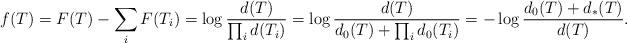
LaTeX: \begin{align*}f(T)= F(T) - \sum_i F(T_i) = \log \frac{d(T)}{\prod_i d(T_i)}= \log \frac{d(T)}{d_0(T) + \prod_i d_0(T_i)} = -\log \frac{d_0(T)+d_*(T)}{d(T)}.\end{align*}